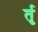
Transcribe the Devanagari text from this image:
र्तृ